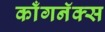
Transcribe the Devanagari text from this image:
काँगनॅक्स